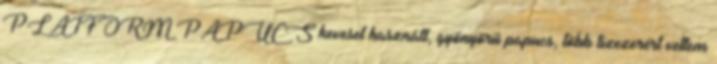
PLATFORM PAPUCS keveset használt, gyönyörű papucs, több tízezerért vettem